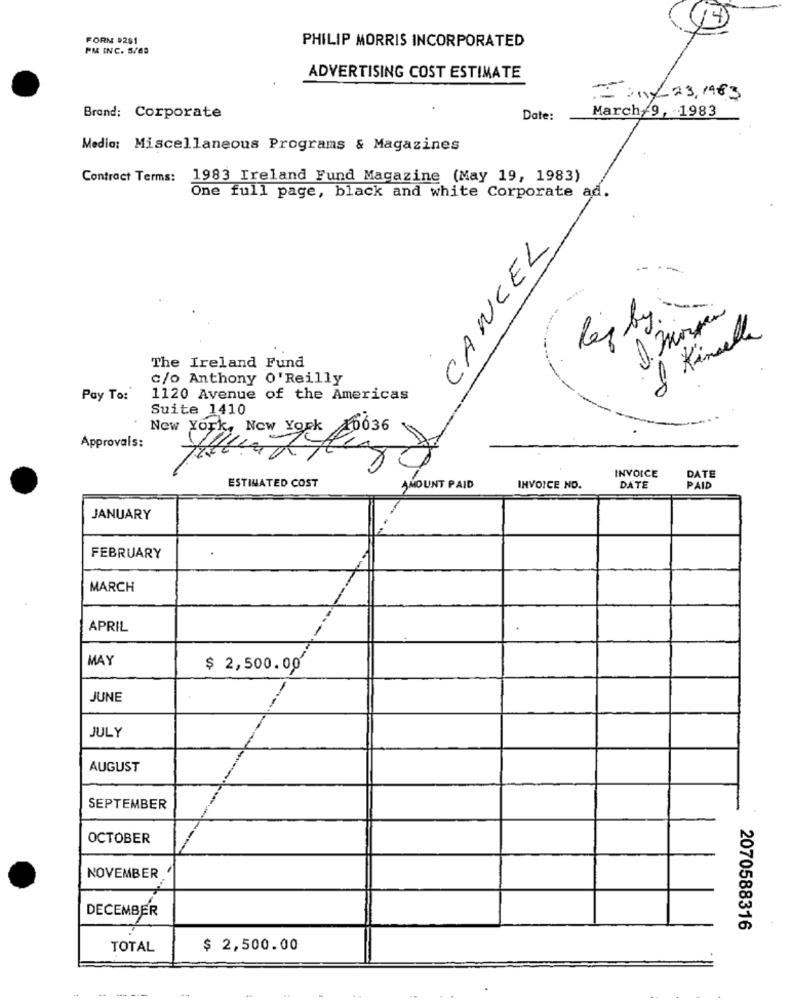
FORN #281
PHILIP MORRIS INCORPORATED
PM INC. S/65
ADVERTISING COST ESTIMATE
= any 23, 1983
March 9, 1983
Brand: Corporate
Date:
Media: Miscellaneous Programs & Magazines
Contract Terms:
1983 Ireland Fund Magazine (May 19, 1983)
One full page, black and white Corporate ad.
CANCEL
8 Kinsella
The Ireland Fund
c/o Anthony O'Reilly
Pay To:
1120 Avenue of the Americas
Suite 1410
New York, New York 10036
Approvals:
A
INVOICE
DATE
ESTIMATED COST
AMOUNT PAID
INVOICE NO.
DATE
PAID
JANUARY
FEBRUARY
MARCH
APRIL
MAY
$ 2,500.00
JUNE
-
JULY
AUGUST
SEPTEMBER
OCTOBER
NOVEMBER
DECEMBER
2070588316
TOTAL
$ 2,500.00